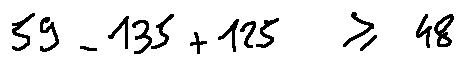
5 9 - 1 3 5 + 1 2 5 \geq 4 8